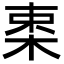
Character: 𣒛